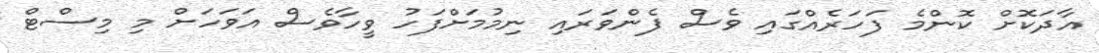
އާދަކޮށް ކޮންމެ ފަހަރެއްގައި ވެސް ފެންވަރައި ނިމުމަށްފަހު ވީހާވެސް އަވަހަށް މި މިސްޓް